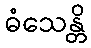
ဓံသေန္တိ